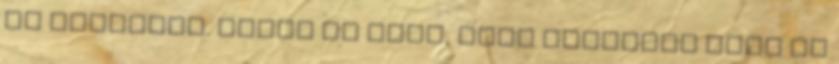
ki Japanban. Nekem az sokk, hogy leterdel elem az